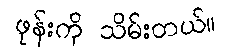
ဖုန်းကို သိမ်းတယ်။